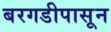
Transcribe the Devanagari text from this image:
बरगडीपासून